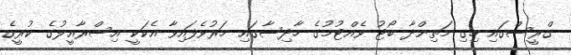
ގްރީސްގައި ހިގި މަތިންދާ ބޯޓު ވެއްޓުމުގެ ހާދިސާގައި މަރުވެފައިވާ އެކަކީ އިސްރާއީލުގެ ކުރީގެ